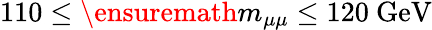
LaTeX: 110\leq\ensuremath{m_{\mu\mu}}\leq 120\ \mathrm{GeV}